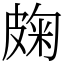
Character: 龾